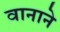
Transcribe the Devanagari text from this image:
वानाने